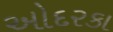
ઓદરકા